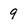
Character: 9